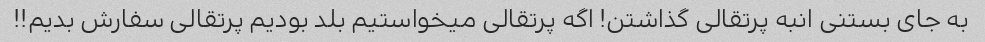
به جای بستنی انبه پرتقالی گذاشتن! اگه پرتقالی میخواستیم بلد بودیم پرتقالی سفارش بدیم!!